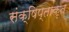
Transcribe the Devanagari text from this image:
संक्षिप्ताकृत